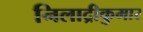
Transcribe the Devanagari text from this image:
निलाद्रीकुमार